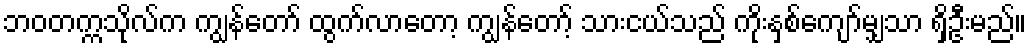
ဘဝတက္ကသိုလ်က ကျွန်တော် ထွက်လာတော့ ကျွန်တော့် သားငယ်သည် ကိုးနှစ်ကျော်မျှသာ ရှိဦးမည်။